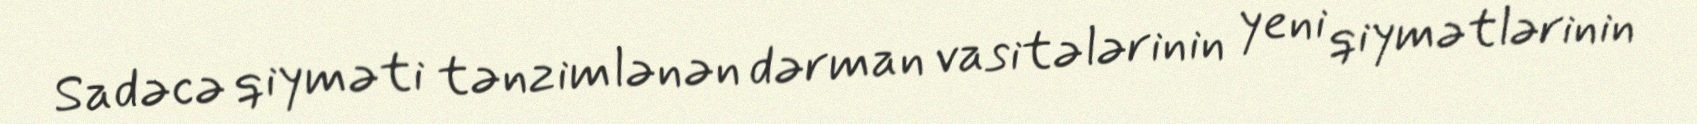
Sadəcə qiyməti tənzimlənən dərman vasitələrinin yeni qiymətlərinin